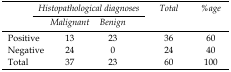
| <ROWSPAN=3>  | <COLSPAN=2> Histopathological diagnoses | <ROWSPAN=3> Total | <ROWSPAN=3> %age |
 | Malignant | Benign |
 | --- | --- | --- | --- | --- |
 | Positive | 13 | 23 | 36 | 60 |
 | Negative | 24 | 0 | 24 | 40 |
 | Total | 37 | 23 | 60 | 100 |